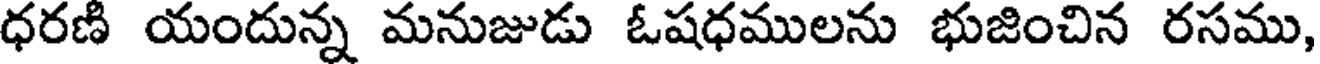
ధరణి యందున్న మనుజుడు ఓషధములను భుజించిన రసము,